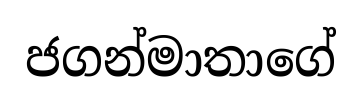
ජගන්මාතාගේ